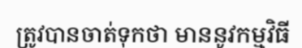
ត្រូវបានចាត់ទុកថា មាននូវកម្មវិធី